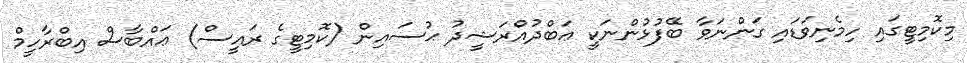
މިކޮމިޓީގައި ހިމެނިވަޑައި ގަންނަވާ ބޭފުޅުންނަކީ ޢަބްދުއްރަޝީދު ޙުސައިން (ކޮމިޓީގެ ރައީސް) ޢައްބާސް އިބްރާހީމް